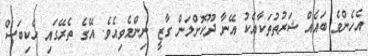
އެހެންވެ ބައެއް ޝަރުތުތަކާއެކު އޭނާ ދޫކޮށްލަން ގާޒީ ނިންމެވިއެވެ. އޭގެ ތެރޭގައި ހެކިބަސް